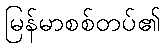
မြန်မာစစ်တပ်၏